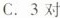
C.3对